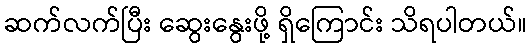
ဆက်လက်ပြီး ဆွေးနွေးဖို့ ရှိကြောင်း သိရပါတယ်။